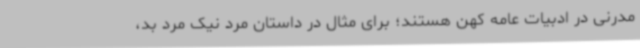
مدرنی در ادبیات عامه کهن هستند؛ برای مثال در داستان مرد نیک مرد بد،